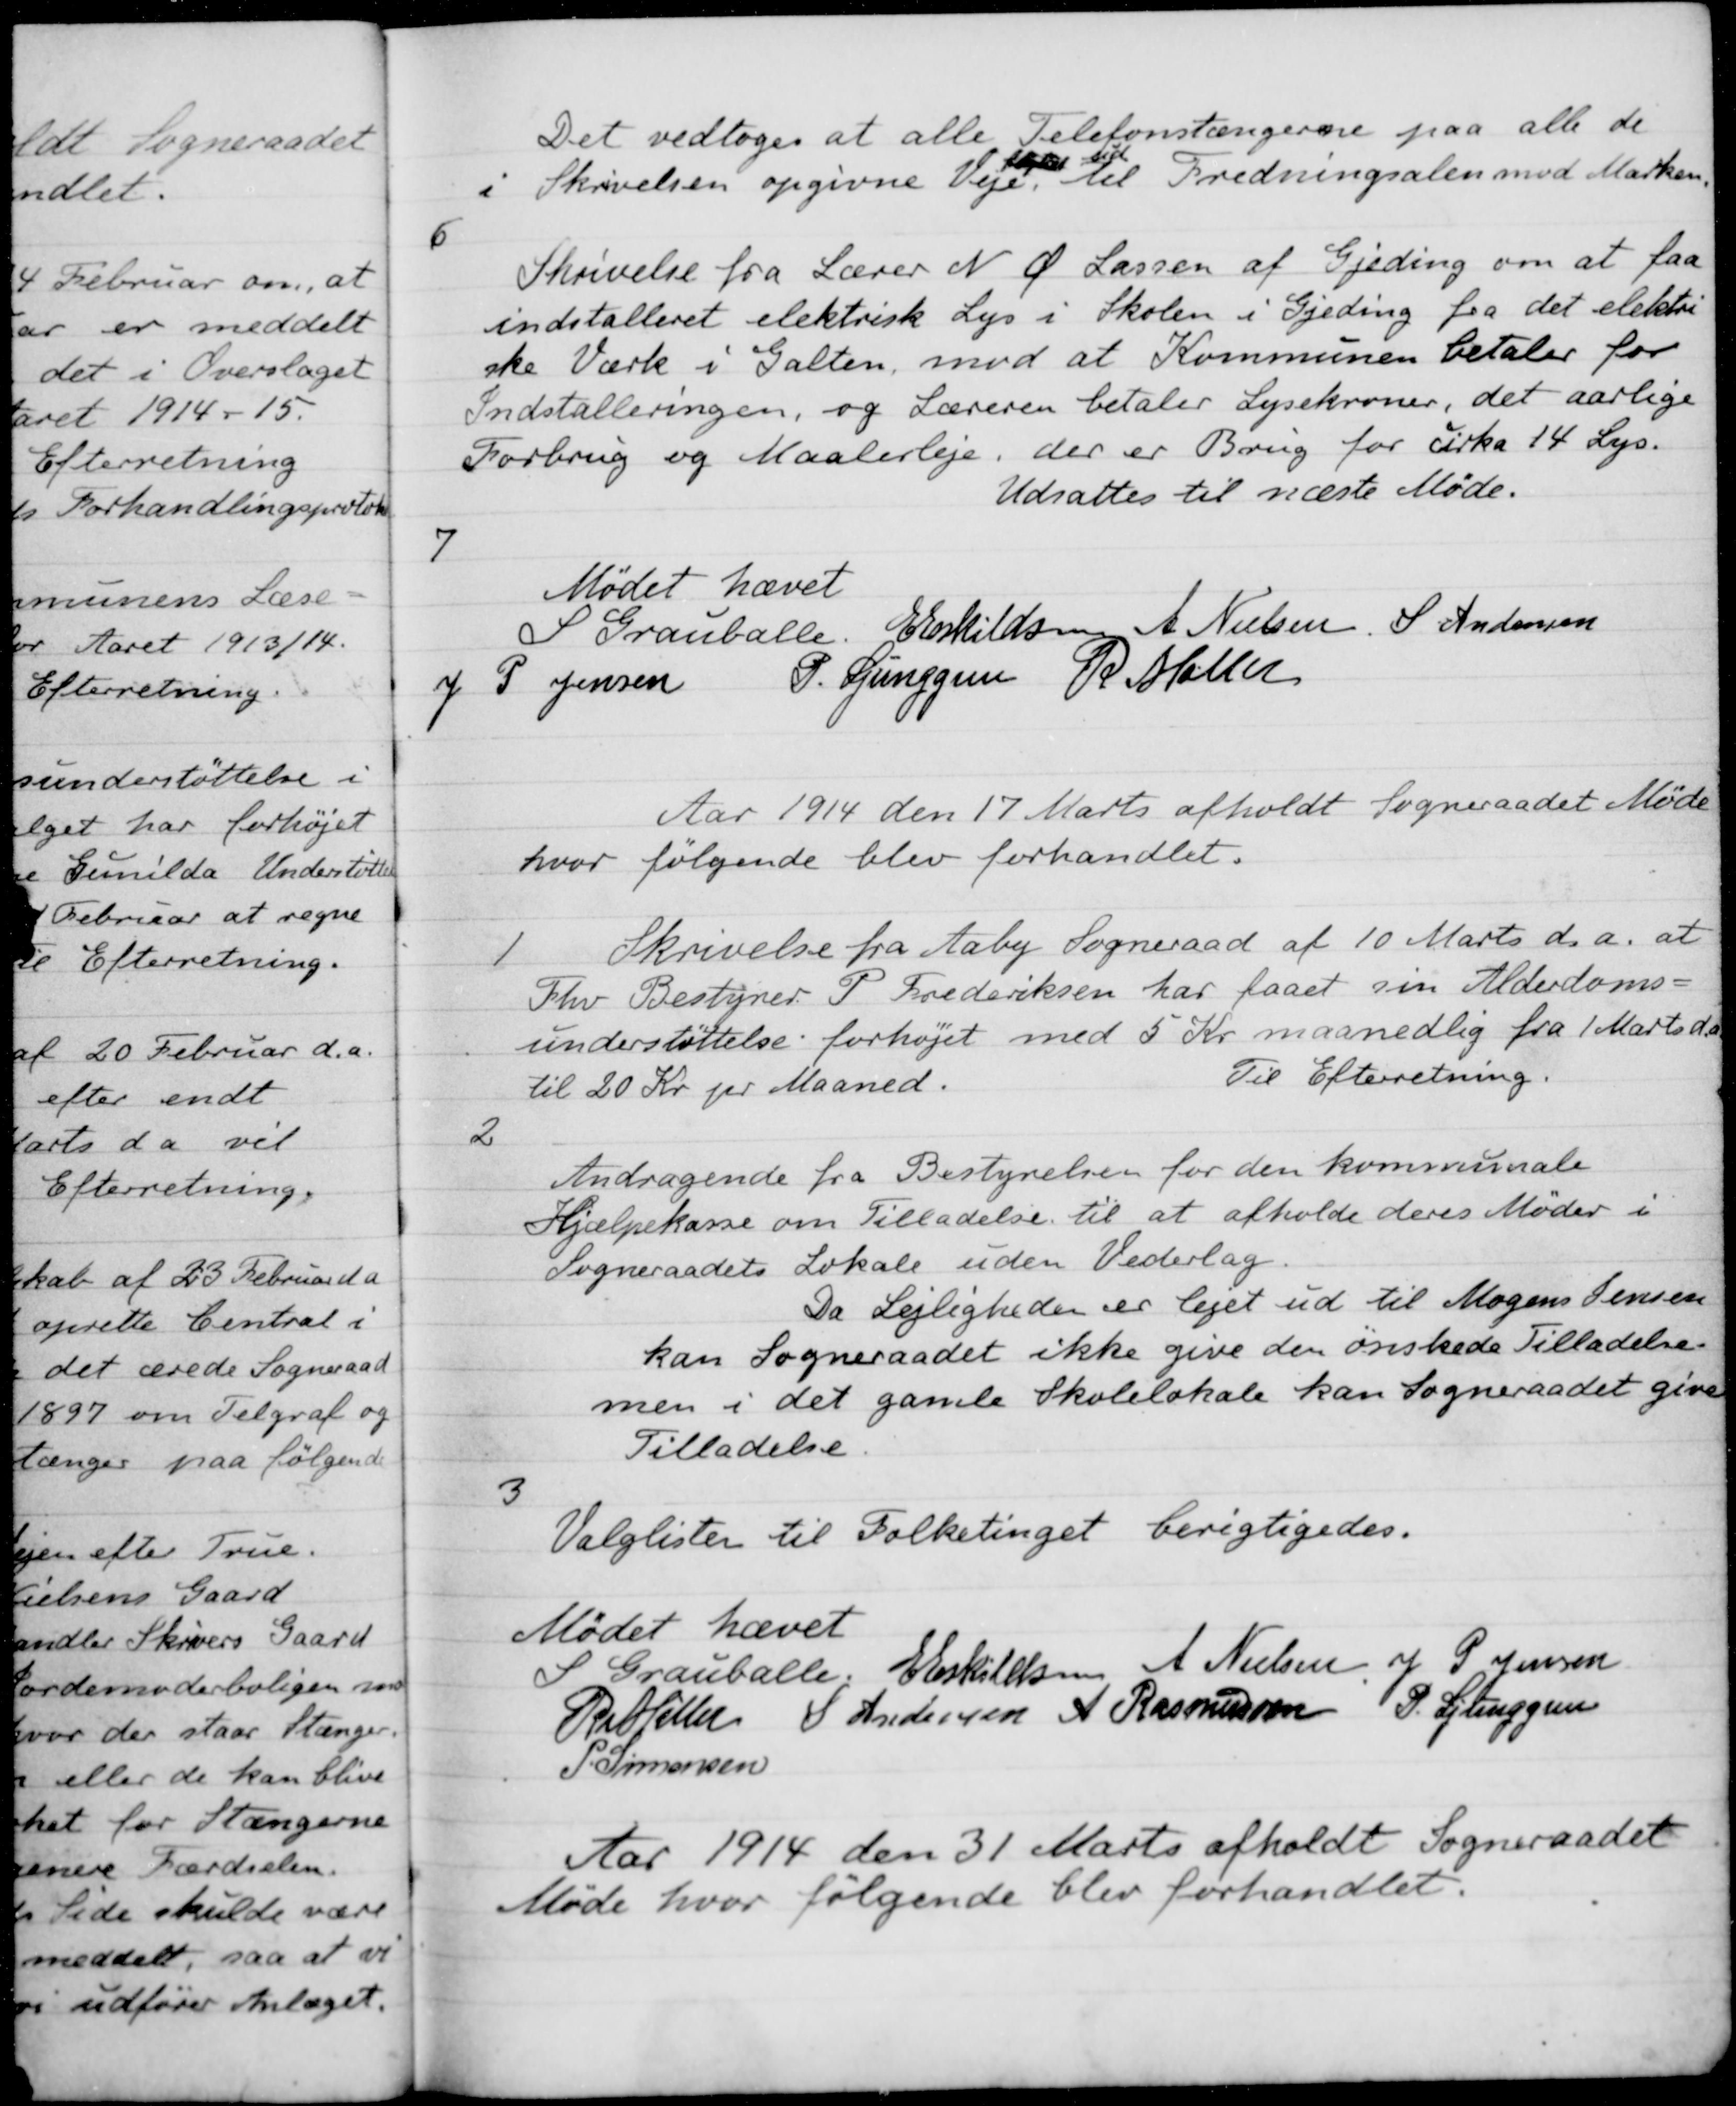
Transskription:
Det vedtoges at alle Telefonstængerne paa alle de
i Skrivelsen opgivne Veje,
toges til
 til Fredningsalen mod Marken,
6
Skrivelse fra Lærer N. Ø. Lassen af Gjeding om at faa
indstalleret elektrisk Lys i Skolen i Gjeding fra det elektri-
ske Værk i Galten, mod at Kommunen betaler for
Indstalleringen, og Læreren betaler Lysekroner, det aarlige
Forbrug og Maalerleje, der er Brug for cirka 14 Lys.
Udsattes til næste Møde.
7
Mødet hævet
S Grauballe
E Eskildsen
A. Nielsen,
S. Andersen
J P Jensen
P. Ljunggren
R Møller
Aar 1914 den 17 Marts afholdt Sogneraadet Møde
hvor følgende blev forhandlet.
1
Skrivelse fra Aaby Sogneraad af 10 Marts d.a. at
Fhv. Bestyrer P. Frederiksen har faaet sin Alderdoms-
understøttelse forhøjet med 5 Kr. maanedlig fra 1 Marts d.
til 20 Kr pr Maaned.
Til Efterretning.
2
Andragende fra Bestyrelsen for den kommunale
Hjælpekasse om Tilladelse til at afholde deres Møder i
Sogneraadets Lokale uden Vederlag.
Da Lejligheder er lejet ud til Mogens Jensen
kan Sogneraadet ikke give den ønskede Tilladelse.
men i det gamle Skolelokale kan Sogneraadet give
Tilladelse
3
Valglister til Folketinget berigtigedes.
Mødet hævet
S Grauballe.
E Eskilelsen
A. Nielsen
J P Jensen
R Møller
S Andersen
A Rasmussen
P. Ljunggren
P. Simonsen
Aar 1914 den 31 Marts afholdt Sogneraadet
Møde hvor følgende blev forhandlet.